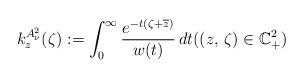
LaTeX: \begin{align*}k^{A^2_\nu}_z (\zeta) : = \int_0^\infty \frac{e^{-t(\zeta+\overline{z})}}{w(t)} \, dt ((z, \, \zeta) \in \mathbb{C}_+^2)\end{align*}